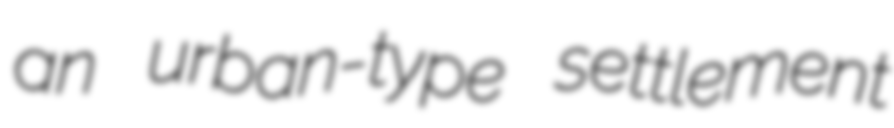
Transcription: an urban-type settlement